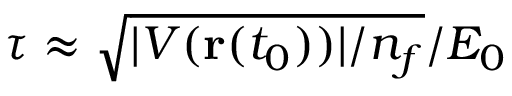
\tau \approx \sqrt { | V ( \mathbf { r } ( t _ { 0 } ) ) | / n _ { f } } / E _ { 0 }